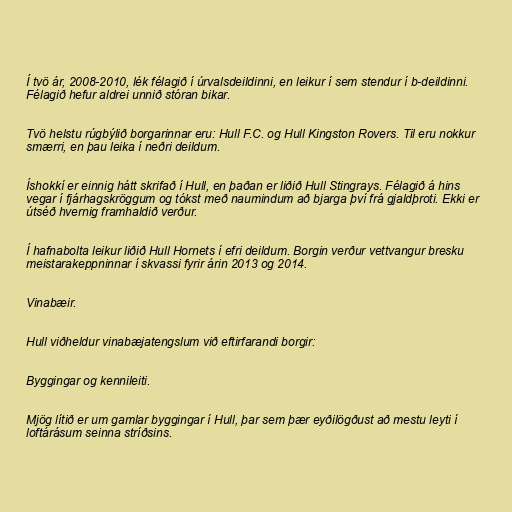
Í tvö ár, 2008-2010, lék félagið í úrvalsdeildinni, en leikur í sem stendur í b-deildinni.
Félagið hefur aldrei unnið stóran bikar.

Tvö helstu rúgbýlið borgarinnar eru: Hull F.C. og Hull Kingston Rovers. Til eru nokkur
smærri, en þau leika í neðri deildum.

Íshokkí er einnig hátt skrifað í Hull, en þaðan er liðið Hull Stingrays. Félagið á hins
vegar í fjárhagskröggum og tókst með naumindum að bjarga því frá gjaldþroti. Ekki er
útséð hvernig framhaldið verður.

Í hafnabolta leikur liðið Hull Hornets í efri deildum. Borgin verður vettvangur bresku
meistarakeppninnar í skvassi fyrir árin 2013 og 2014.

Vinabæir.

Hull viðheldur vinabæjatengslum við eftirfarandi borgir:

Byggingar og kennileiti.

Mjög lítið er um gamlar byggingar í Hull, þar sem þær eyðilögðust að mestu leyti í
loftárásum seinna stríðsins.